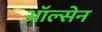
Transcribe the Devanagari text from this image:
ऑल्सेन